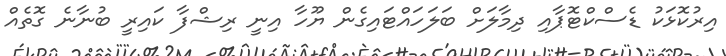
އިރުކޮޅަކު ޑެސްކްޓޮޕާއި ދިމާލަށް ބަލަހައްޓައިގެން ޔޫހާ އިނީ ރިޝްފާ ކައިރީ ބުނާނެ ގޮތެއް